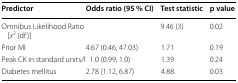
| Predictor | Odds ratio (95 % CI) | Test statistic | p value |
 | --- | --- | --- | --- |
 | Omnibus Likelihood Ratio [x2 (df)] |  | 9.46 (3) | 0.02 |
 | Prior MI | 4.67 (0.46, 47.03) | 1.71 | 0.19 |
 | Peak CK in standard units/l | 1.0 (0.99, 1.0) | 1.39 | 0.24 |
 | Diabetes mellitus | 2.78 (1.12, 6.87) | 4.88 | 0.03 |